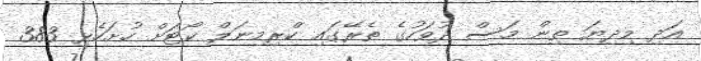
އަދި މިދިޔަ ތިން މަސް ދުވަހުގެ ތެރޭގައި ކްރިމިނަލް ކޯޓަށް ހުށަހެޅި 383